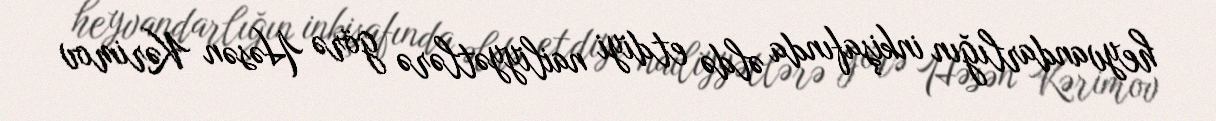
heyvandarlığın inkişafında əldə etdiyi nailiyyətlərə görə Həsən Kərimov